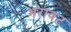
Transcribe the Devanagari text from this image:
भरावट